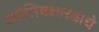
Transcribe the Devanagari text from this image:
ज्योतिषशास्त्राचे